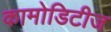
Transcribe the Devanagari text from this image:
कामोडिटीज